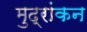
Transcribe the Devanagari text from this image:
मुद्रांकन